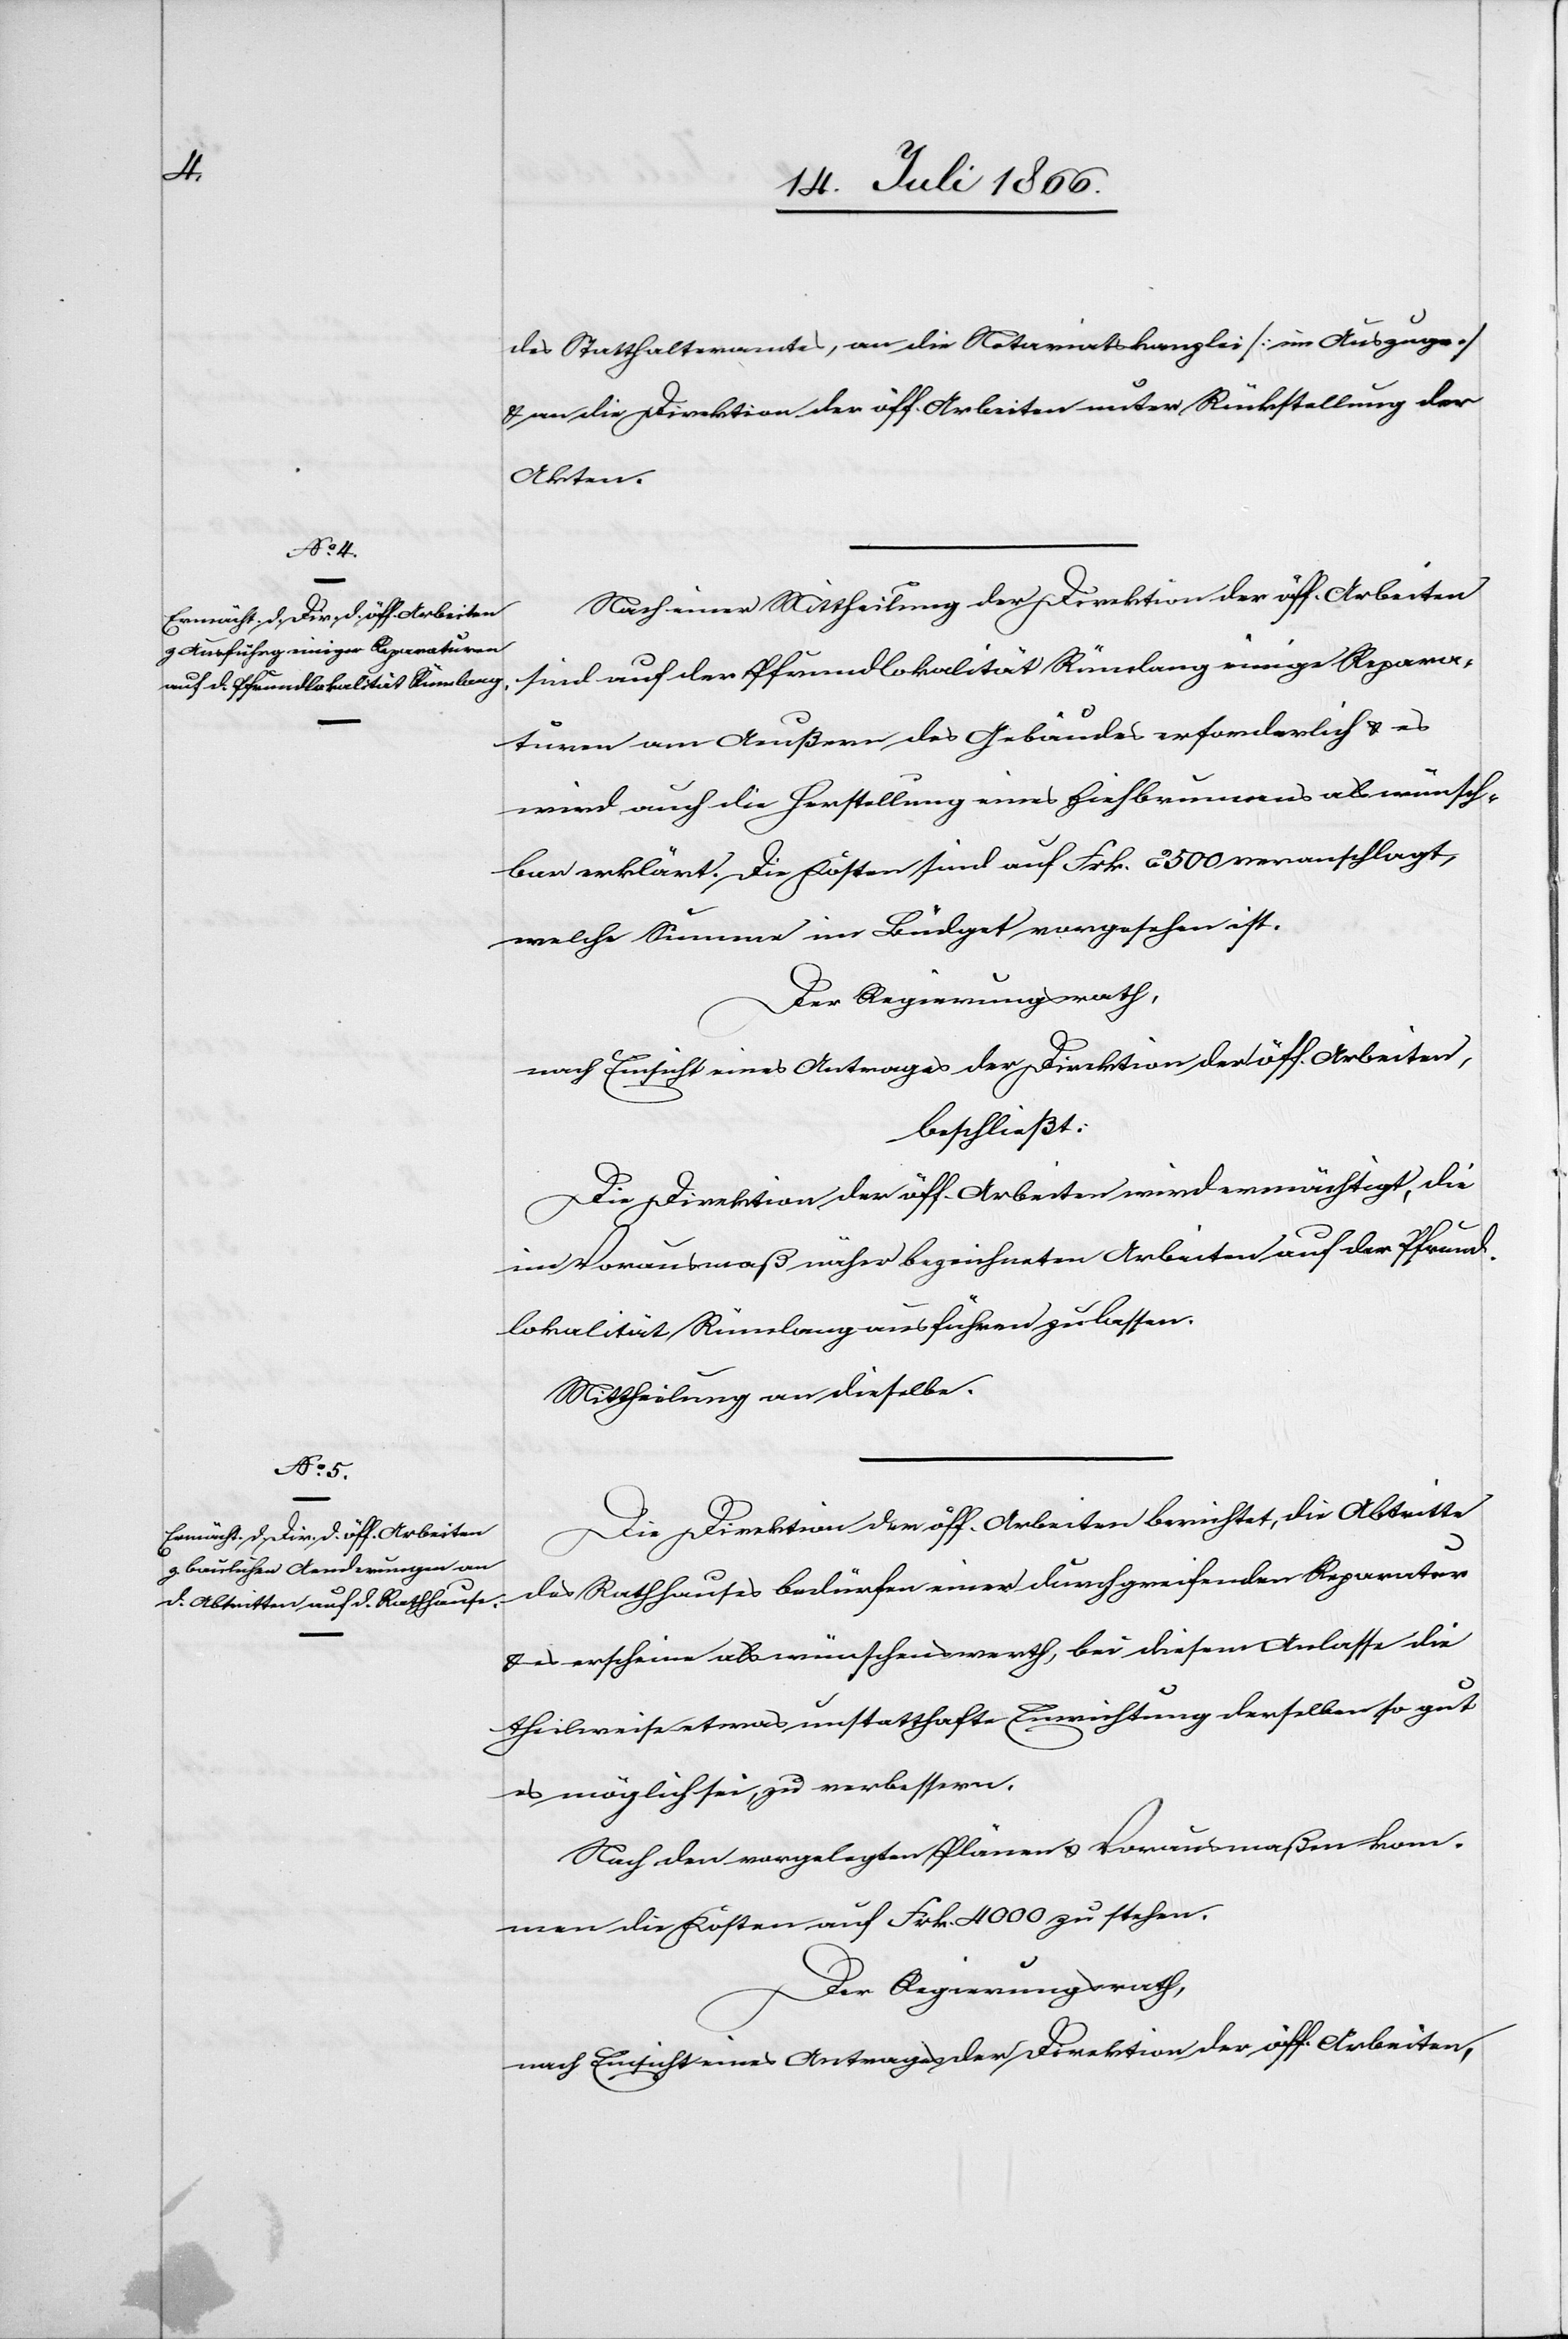
des Statthalteramtes, an die Notariatskanzlei [im Auszuge]
u. an die Direktion der öff. Arbeiten unter Rückstellung der
Akten.
Nach einer Mittheilung der Direktion der öff. Arbeiten
sind auf der Pfrundlokalität Rümlang einige Repara¬
turen am Aeußern des Gebäudes erforderlich u. es
wird auch die Herstellung eines Viehbrunnens als wünsch¬
bar erklärt. Die Kosten sind auf Frk. 2500 veranschlagt,
welche Summe im Büdget vorgesehen ist.
Der Regierungsrath,
nach Einsicht eines Antrages der Direktion der öff. Arbeiten,
beschließt:
Die Direktion der öff. Arbeiten wird ermächtig, die
im Vorausmaß näher bezeichneten Arbeiten auf der Pfrund¬
lokalität Rümlang ausführen zu lassen.
Mittheilung an dieselbe.
Die Direktion der öff. Arbeiten berichtet, die Abtritte
des Rathhauses bedürfen einer durchgreifenden Reparatur
u. es erscheine als wünschenswerth, bei diesem Anlasse die
theilweise etwas unstatthafte Einrichtung derselben so gut
es möglich sei, zu verbessern.
Nach den vorgelegten Plänen u. Vorausmaßnahmen kom¬
men die Kosten auf Frk. 4000 zu stehen.
Der Regierungsrath,
nach Einsicht eines Antrages der Direktion der öff. Arbeiten,